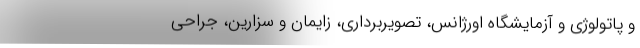
و پاتولوژی و آزمایشگاه اورژانس، تصویربرداری، زایمان و سزارین، جراحی